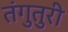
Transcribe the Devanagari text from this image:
तंगुतुरी